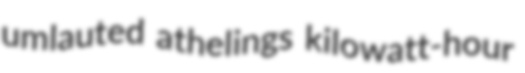
umlauted athelings kilowatt-hour